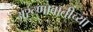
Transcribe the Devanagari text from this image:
अरूणावातीच्या